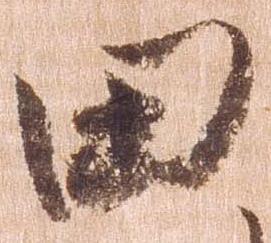
田